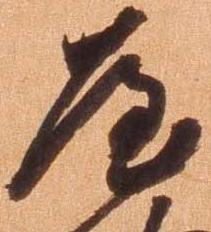
屋